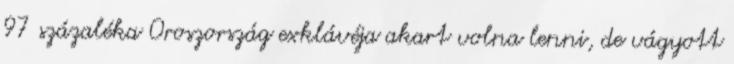
97 százaléka Oroszország exklávéja akart volna lenni, de vágyott